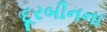
દૂરબીનના